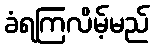
ခံရကြလိမ့်မည်